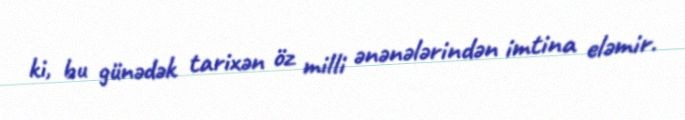
ki, bu günədək tarixən öz milli ənənələrindən imtina eləmir.